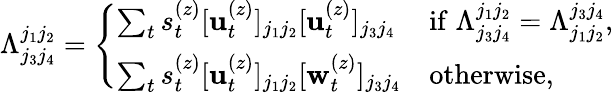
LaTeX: \Lambda_{j_{3}j_{4}}^{j_{1}j_{2}}=\left\{ \begin{array}{ll}{\sum_{t}s_{t}^{(z)}[\mathbf{u}_{t}^{(z)}]_{j_{1}j_{2}}[\mathbf{u}_{t}^{(z)}]_{j_{3}j_{4}}}&{\mathrm{if}\; \Lambda_{j_{3}j_{4}}^{j_{1}j_{2}}=\Lambda_{j_{1}j_{2}}^{j_{3}j_{4}},}\\ {\sum_{t}s_{t}^{(z)}[\mathbf{u}_{t}^{(z)}]_{j_{1}j_{2}}[\mathbf{w}_{t}^{(z)}]_{j_{3}j_{4}}}&{\mathrm{otherwise},}\end{array}\right.